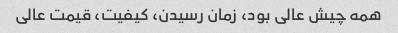
همه چیش عالی بود، زمان رسیدن، کیفیت، قیمت عالی